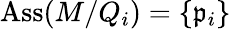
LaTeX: \operatorname{Ass}(M/Q_{i})=\{ {\mathfrak{p}}_{i}\}